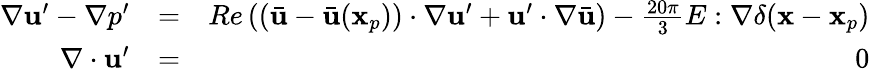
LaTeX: \begin{array}{rlr}{\nabla\mathbf{u}^{\prime}-\nabla p^{\prime}}&{=}&{Re\left((\bar{\mathbf{u}}-\bar{\mathbf{u}}(\mathbf{x}_{p}))\cdot\nabla\mathbf{u}^{\prime}+\mathbf{u}^{\prime}\cdot\nabla\bar{\mathbf{u}}\right)-\frac{20\pi}{3}E:\nabla\delta(\mathbf{x}-\mathbf{x}_{p})}\\ {\nabla\cdot\mathbf{u}^{\prime}}&{=}&{0}\end{array}